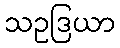
သဥဒြယာ